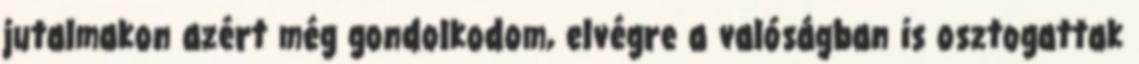
jutalmakon azért még gondolkodom, elvégre a valóságban is osztogattak